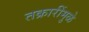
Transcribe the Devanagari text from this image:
तक्रारींमुळे